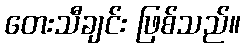
တေးသီချင်း ဖြစ်သည်။